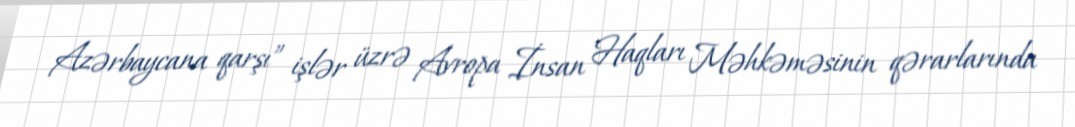
Azərbaycana qarşı” işlər üzrə Avropa İnsan Haqları Məhkəməsinin qərarlarında